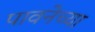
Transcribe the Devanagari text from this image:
पावनेच्या